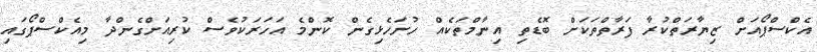
އެކްސްޕޯއަށް ޒިޔާރަތްކުރާ ފަރާތްތަކަށް ބޮޑެތި އިނާމްތަކެއް ހުށަހެޅިގެން ކޮންމެ އަހަރަކުވެސް ކުރިއަށްގެންދާ މިއެކްސްޕޯގައި